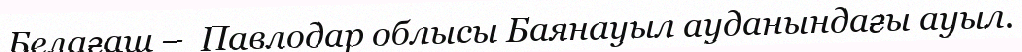
Белағаш –  Павлодар облысы Баянауыл ауданындағы ауыл.